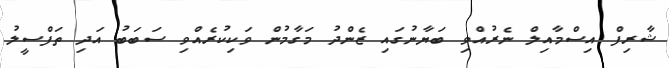
ޝާރިފް އިސްމާއިލް ނެރުއްވި ބަޔާނުގައި ޒެންދު މަގާމުން ވަކިކުރެއްވި ސަބަބު އަދި ތަފްސީލު